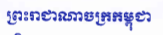
ព្រះរាជាណាចក្រកម្ពុជា